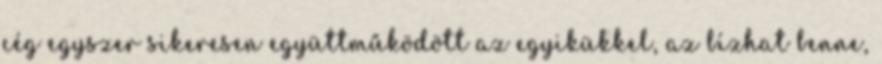
cég egyszer sikeresen együttműködött az egyikükkel, az bízhat benne,